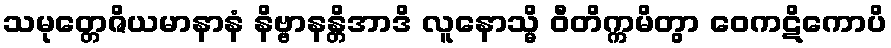
သမုတ္တေဇိယမာနာနံ နိဗ္ဗာနန္တိအာဒိ လူနောသ္မိ ဝီတိက္ကမိတွာ ဝေကဋိကောပိ